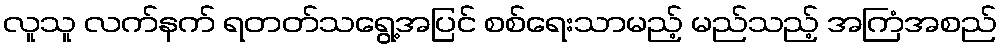
လူသူ လက်နက် ရတတ်သရွေ့အပြင် စစ်ရေးသာမည့် မည်သည့် အကြံအစည်